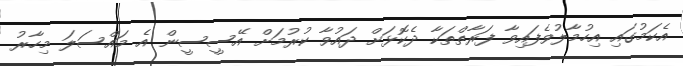
އެކަމުގައި އިހުމާލުވެފައިވާ ފަރާތްތަކާ ދެކޮޅަށް ދައުވާ ކުރުމަށް އޭސީސީން އެ މައްސަލަ މިހާރު